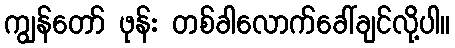
ကျွန်တော် ဖုန်း တစ်ခါလောက်ခေါ်ချင်လို့ပါ။